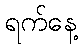
ရက်နေ့